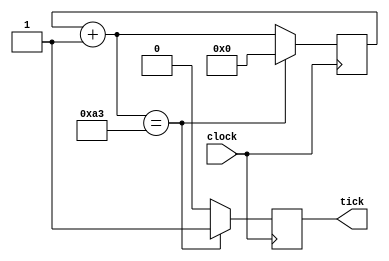
`timescale 1ns / 1ps
//////////////////////////////////////////////////////////////////////////////////
// Company: 
// Engineer: 
// 
// Design Name: 
// Module Name:    Baud_Rate_Generator 
// Project Name: 
// Target Devices: 
// Tool versions: 
// Description: 
//
// Dependencies: 
//
// Revision: 
// Revision 0.01 - File Created
// Additional Comments: 
//
//////////////////////////////////////////////////////////////////////////////////
module Baud_Rate_Generator(clock,
									tick);
	
	input clock;
	output reg tick;
	reg [7:0] contador = 0;
	
	
	initial tick = 0;
	
	always@(posedge clock)
	begin
		contador = contador + 1;
		if(contador == 163)
		begin
			tick = 1;
			contador = 0;
		end
		else begin 
			contador = contador;
			tick = 0;
		end
		
	end //Always

endmodule